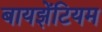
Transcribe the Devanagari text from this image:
बायझेंटियम